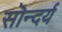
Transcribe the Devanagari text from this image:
सॊन्दर्य